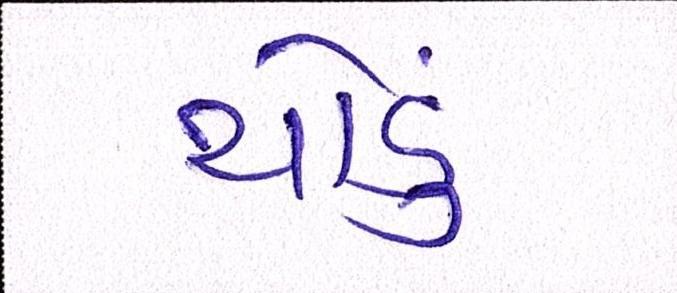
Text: થોડું